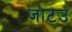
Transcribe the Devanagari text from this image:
जाटउ